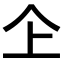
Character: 𠆳